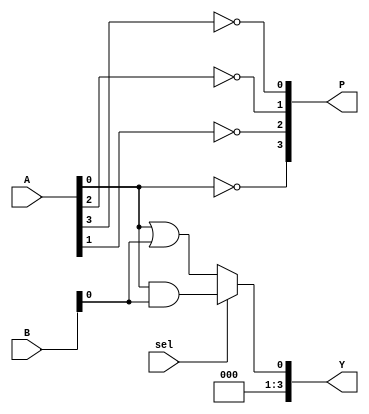
module combinational_logic_block (
    input  wire [3:0] A,        // 4-bit input A
    input  wire [3:0] B,        // 4-bit input B
    input  wire sel,            // Select signal for multiplexer
    output wire [3:0] Y,        // 4-bit output Y
    output wire [3:0] P         // Product term output
);

// Intermediate signals for logic operations
wire and_out;
wire or_out;
wire not_outA [3:0];
wire not_outB [3:0];
wire xor_out;

// Product terms generation (example: A AND B, A OR B)
assign and_out = A & B;            // AND operation
assign or_out = A | B;              // OR operation
assign xor_out = A ^ B;             // XOR operation

// NOT operation on each bit of A and B
genvar i;
generate
    for (i = 0; i < 4; i = i + 1) begin: not_gen
        assign not_outA[i] = ~A[i]; // NOT A
        assign not_outB[i] = ~B[i]; // NOT B
    end
endgenerate

// Output assignment
assign Y = sel ? and_out : or_out; // Multiplexer to select outputs
assign P = {not_outA[0], not_outA[1], not_outA[2], not_outA[3]}; // Example of product term output

endmodule